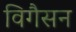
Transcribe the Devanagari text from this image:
विगैसन